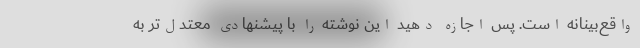
واقع‌بینانه است. پس اجازه دهید این نوشته را با پیشنهادی معتدل‌تر به